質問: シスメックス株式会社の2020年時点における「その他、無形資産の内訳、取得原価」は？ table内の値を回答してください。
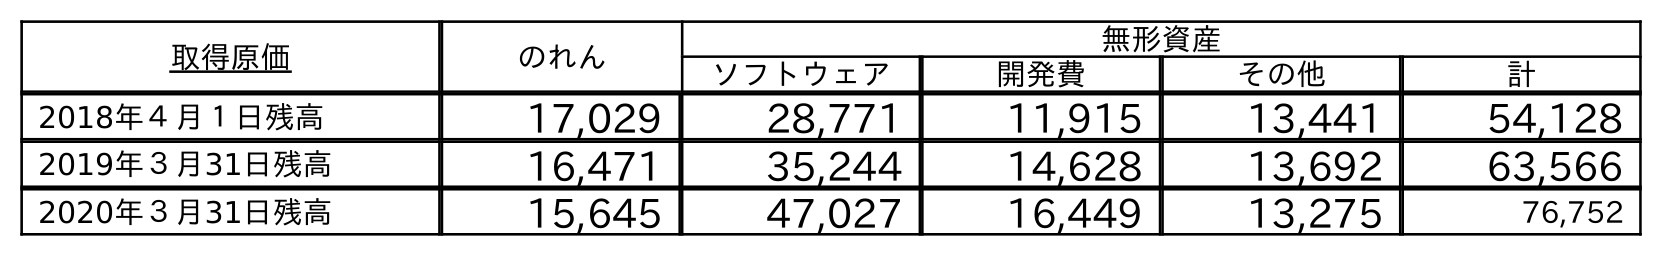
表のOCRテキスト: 取得原価 のれん 無形資産 ソフトウェア 開発費 その他 計 2018年４月１日残高 17,029 28,771 11,915 13,441 54,128 2019年３月31日残高 16,471 35,244 14,628 13,692 63,566 2020年３月31日残高 15,645 47,027 16,449 13,275 76,752
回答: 13,275